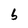
Character: b